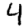
Digit: 4